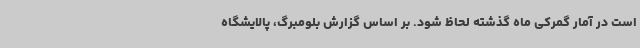
است در آمار گمرکی ماه گذشته لحاظ شود. بر اساس گزارش بلومبرگ، پالایشگاه